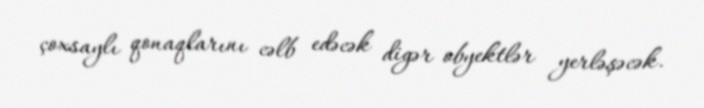
çoxsaylı qonaqlarını cəlb edəcək digər obyektlər yerləşəcək.